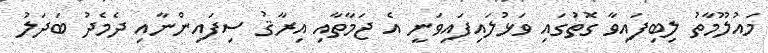
މައުލޫމާތު ލިބިފައިވާ ގޮތުގައި ވަޅުލައިފައިވަނީ އެ ޖަމާތާއި އިރާޤު ސިފައިންނާއި ދެމެދު ބަދަލު